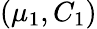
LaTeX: (\mu_{1},C_{1})